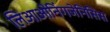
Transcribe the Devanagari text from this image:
लिआओनिंगजेनिसिस